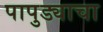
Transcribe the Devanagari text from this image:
पापुड्याचा